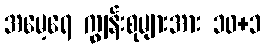
အမေ့ရေ ကျွန်းစုများအား ၁၀+၁